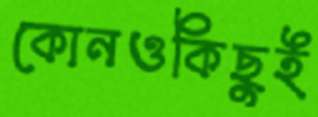
কোনওকিছুই